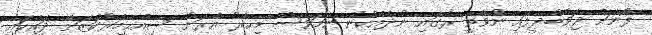
ފޯނަށް ޖަވާބުދީފައި ނުވާތީ ރޭގައި ނުދެއްކުނު ނަމަވެސް މިހާރު އެރަށު ސިއްޙީމަރުކަޒަށް ދައްކައި